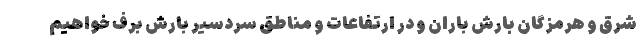
شرق و هرمزگان بارش باران و در ارتفاعات و مناطق سردسیر بارش برف خواهیم